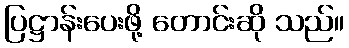
ပြဋ္ဌာန်းပေးဖို့ တောင်းဆို သည်။